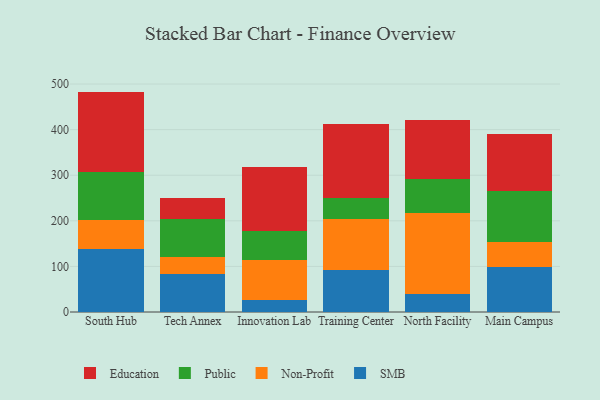
{"axis": {"x": "Campus", "y": "Waste Production (Tons)"}, "legend": ["Education", "Non-Profit", "Public", "SMB"], "data": [{"x": "South Hub", "y": 137.1, "type": "SMB"}, {"x": "South Hub", "y": 65.7, "type": "Non-Profit"}, {"x": "South Hub", "y": 104.5, "type": "Public"}, {"x": "South Hub", "y": 176.1, "type": "Education"}, {"x": "Tech Annex", "y": 82.5, "type": "SMB"}, {"x": "Tech Annex", "y": 38.9, "type": "Non-Profit"}, {"x": "Tech Annex", "y": 83.0, "type": "Public"}, {"x": "Tech Annex", "y": 46.5, "type": "Education"}, {"x": "Innovation Lab", "y": 25.4, "type": "SMB"}, {"x": "Innovation Lab", "y": 88.5, "type": "Non-Profit"}, {"x": "Innovation Lab", "y": 62.9, "type": "Public"}, {"x": "Innovation Lab", "y": 141.7, "type": "Education"}, {"x": "Training Center", "y": 91.9, "type": "SMB"}, {"x": "Training Center", "y": 112.4, "type": "Non-Profit"}, {"x": "Training Center", "y": 46.5, "type": "Public"}, {"x": "Training Center", "y": 162.0, "type": "Education"}, {"x": "North Facility", "y": 39.4, "type": "SMB"}, {"x": "North Facility", "y": 178.6, "type": "Non-Profit"}, {"x": "North Facility", "y": 74.4, "type": "Public"}, {"x": "North Facility", "y": 129.2, "type": "Education"}, {"x": "Main Campus", "y": 99.1, "type": "SMB"}, {"x": "Main Campus", "y": 53.5, "type": "Non-Profit"}, {"x": "Main Campus", "y": 113.0, "type": "Public"}, {"x": "Main Campus", "y": 125.3, "type": "Education"}]}